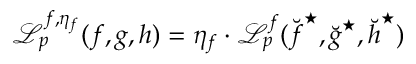
\mathscr { L } _ { p } ^ { { \boldsymbol { f } } , \eta _ { \boldsymbol { f } } } ( { \boldsymbol { f } } , { \boldsymbol { g } } , { \boldsymbol { h } } ) = \eta _ { \boldsymbol { f } } \cdot \mathscr { L } _ { p } ^ { \boldsymbol { f } } ( \breve { { \boldsymbol { f } } } ^ { \star } , \breve { { \boldsymbol { g } } } ^ { \star } , \breve { { \boldsymbol { h } } } ^ { \star } )